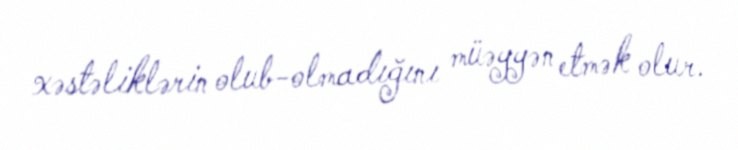
xəstəliklərin olub-olmadığını müəyyən etmək olur.